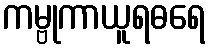
ကမ္ဗုကာယူရဓရေ